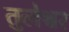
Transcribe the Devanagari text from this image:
तुलेश्वर